Leaving Certificate Examination, 1919
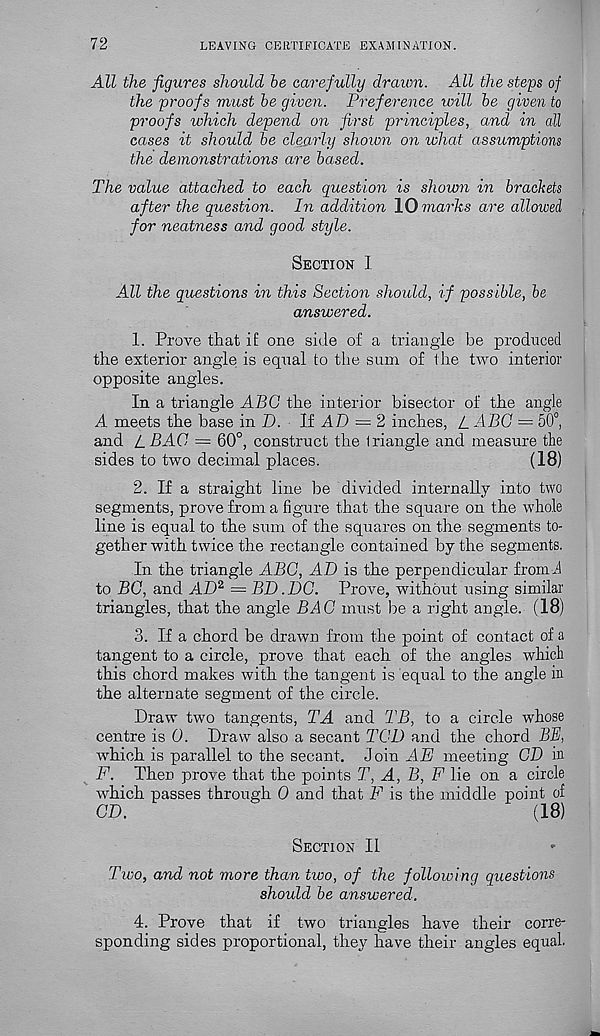
72
LEAVING CERTIFICATE EXAMINATION.
All the figures should be carefully drawn. All the steps of
the proofs must be given. Preference icill be given to
proofs which depend on first principles, and in all
cases it should be clearly shown on what assumptions
the demonstrations are based.
The value attached to each question is shown in brackets
after the question. In addition 10 marks are allowed
for neatness and good style.
Section I
All the questions in this Section should, if possible, be
answered.
1. Prove that if one side of a triangle be produced
the exterior angle is equal to the sum of the two interior
opposite angles.
In a triangle ABC the interior bisector of the angle
A meets the base in D. If AD — 2 inches, L ABC = 50°,
and /_BAC = 60°, construct the triangle and measure the
sides to two decimal places.
(18)
2. If a straight line be divided internally into two
segments, prove from a figure that the square on the whole
line is equal to the sum of the squares on the segments to-
gether with twice the rectangle contained by the segments.
In the triangle ABC, AD is the perpendicular fromi
to BG, and AD 2 = BD.DC. Prove, without using similar
triangles, that the angle BAG must be a right angle. (18)
3. If a chord be drawn from the point of contact of a
tangent to a circle, prove that each of the angles which
this chord makes with the tangent is equal to the angle in
the alternate segment of the circle.
Draw two tangents, TA and TB, to a circle whose
centre is 0. Draw also a secant TGD and the chord BE,
which is parallel to the secant. Join AE meeting CD in
F. Then prove that the points T, A, B, F lie on a circle
which passes through 0 and that F is the middle point of
CD.
(18)
Section II
Two, and not more than two, of the following questions
should be answered.
4. Prove that if two triangles have their corre-
sponding sides proportional, they have their angles equal.